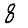
Digit: 8